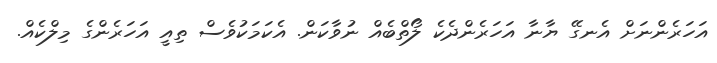
އަހަރެންނަށް އެނގޭ ޔާނާ އަހަރެންދެކެ ލޯތްބެއް ނުވާކަން. އެކަމަކުވެސް ތިއީ އަހަރެންގެ މިލްކެއް.